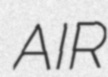
AIR